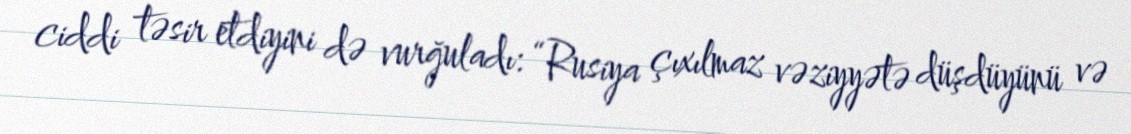
ciddi təsir etdiyini də vurğuladı: “Rusiya çıxılmaz vəziyyətə düşdüyünü və